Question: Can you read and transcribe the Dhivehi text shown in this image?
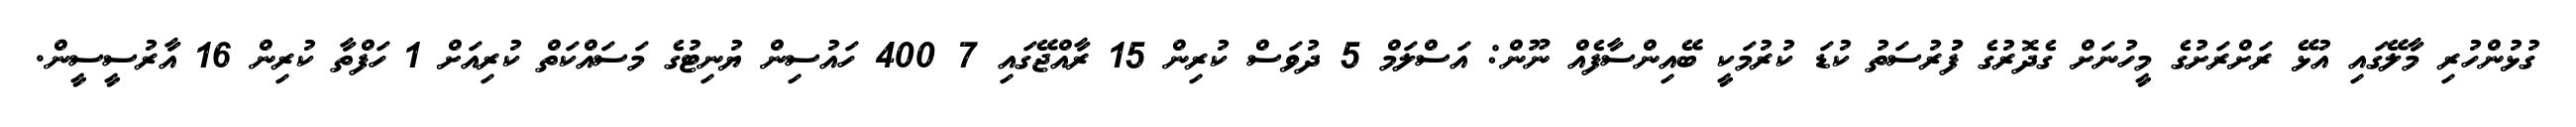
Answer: ގުޅުންހުރި މާލޭގައި އުޅޭ ރަށްރަށުގެ މީހުނަށް ގެދޮރުގެ ފުުރުސަތު ކުޑަ ކުރުމަކީ ބޭއިންސާފެއް ނޫން: އަސްލަމް 5 ދުވަސް ކުރިން 15 ރާއްޖޭގައި 7 400 ހައުސިން ޔުނިޓުގެ މަސައްކަތް ކުރިއަށް 1 ހަފްތާ ކުރިން 16 އާރުސީސީން.